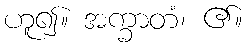
ဟူ၍။ အက္ခာတံ၊ ၏။